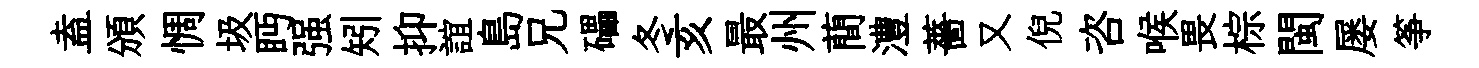
盍頒惆圾眄强矧抑誼島兄礧冬亥最州蕳澧薔又倪咨喉畏棕閩屡筝